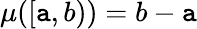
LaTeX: \mu([\mathtt{a},b))=b-\mathtt{a}